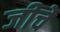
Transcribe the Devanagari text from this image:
जीचे